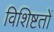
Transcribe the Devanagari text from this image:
विशिष्टतों